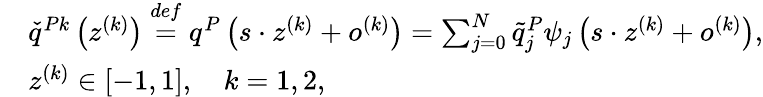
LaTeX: \begin{array}{rl}&{\check{q}^{Pk}\left(z^{(k)}\right)\overset{def}{=}q^{P}\left(s\cdot z^{(k)}+o^{(k)}\right)=\sum_{j=0}^{N}\tilde{q}_{j}^{P}\psi_{j}\left(s\cdot z^{(k)}+o^{(k)}\right),}\\ &{z^{(k)}\in[-1,1],\quad k=1,2,}\end{array}